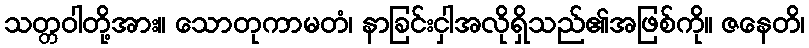
သတ္တဝါတို့အား။ သောတုကာမတံ၊ နာခြင်းငှါအလိုရှိသည်၏အဖြစ်ကို။ ဇနေတိ၊